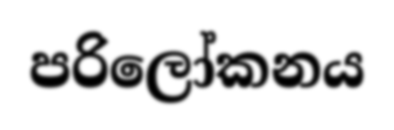
පරිලෝකනය